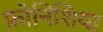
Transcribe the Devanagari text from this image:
फ़ोनिशिया